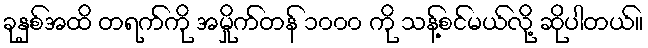
ခုနှစ်အထိ တရက်ကို အမှိုက်တန် ၁၀၀၀ ကို သန့်စင်မယ်လို့ ဆိုပါတယ်။